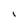
Character: I